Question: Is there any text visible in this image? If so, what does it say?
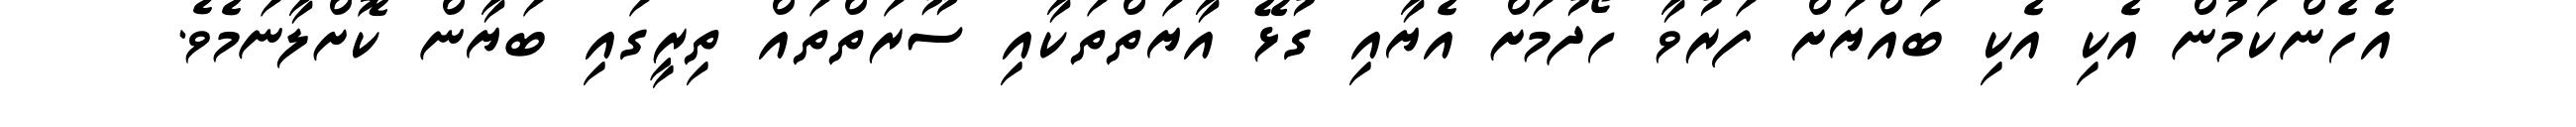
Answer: އެހެންކަމުން އެކި އެކި ބައްޔަށް ފަރުވާ ހޯދުމަށް އެޔާއި ގުޅޭ އާޔަތްތަކާއި ސޫރަތްތައް ތިރީގައި ބަޔާން ކޮށްލާނަމެވެ.